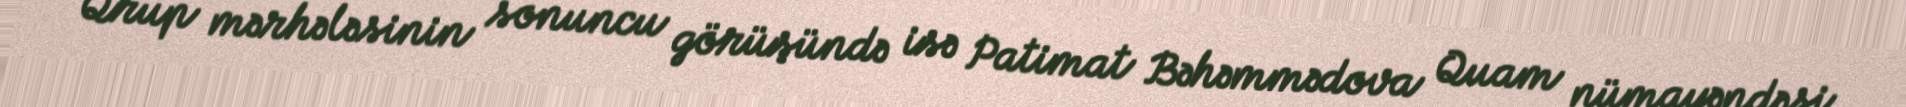
Qrup mərhələsinin sonuncu görüşündə isə Patimat Bəhəmmədova Quam nümayəndəsi